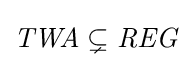
{\mathit {TWA}}\subsetneq {\mathit {REG}}